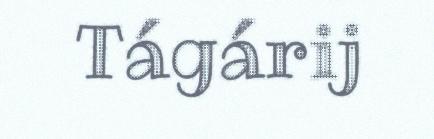
Tágárij